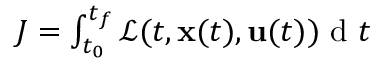
\begin{array} { r } { J = \int _ { t _ { 0 } } ^ { t _ { f } } \mathcal { L } ( t , \mathbf { x } ( t ) , \mathbf { u } ( t ) ) \mathrm { ~ d ~ } t } \end{array}